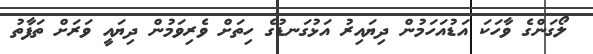
ލޯގަންގެ ވާހަކަ އަޑުއަހަމުން ދިޔައިރު އަޅުގަނޑުގެ ހިތަށް ވެރިވަމުން ދިޔައީ ވަރަށް ތަފާތު